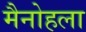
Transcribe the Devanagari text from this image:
मैनोहला